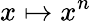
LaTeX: x\mapsto x^{n}